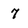
Character: 7